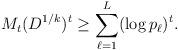
LaTeX: \begin{align*} M_t(D^{1/k})^t \geq \sum_{\ell = 1}^L (\log p_\ell)^t.\end{align*}